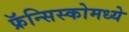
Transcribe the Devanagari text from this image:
फ्रॅन्सिस्कोमध्ये